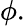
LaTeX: \phi.